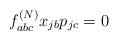
LaTeX: \begin{align*}f_{abc}^{(N)} x_{jb} p_{jc}=0\end{align*}